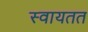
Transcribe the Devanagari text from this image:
स्वायतत